Civil Veterinary Department. Madras. Admin. report 1926-33 - 1926-1933
Year: 1926
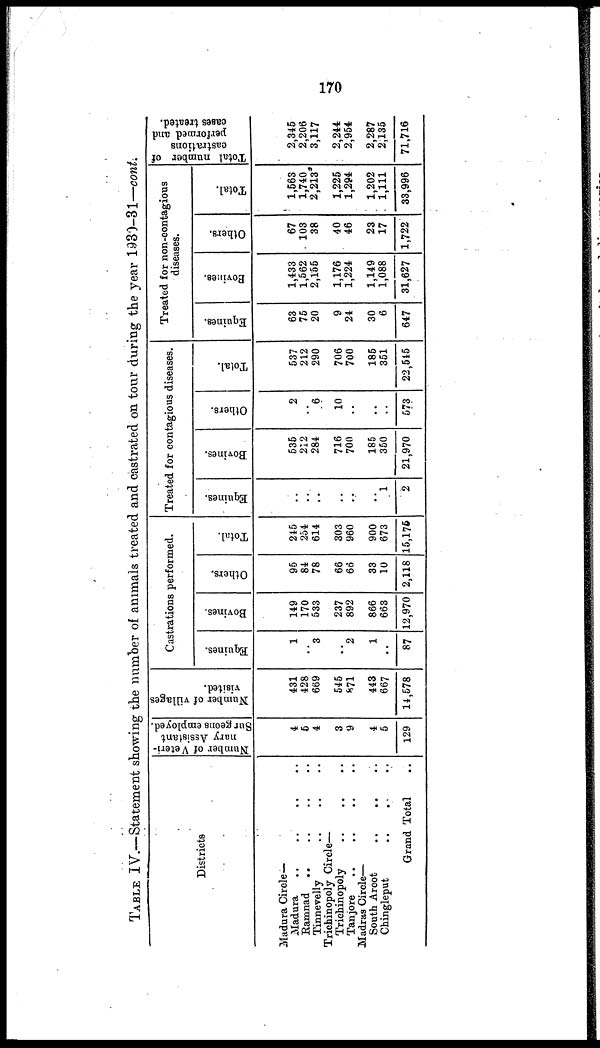
170
TABLE IV.—Statement showing the number of animals treated and castrated on tour during the year 1930-31—cont.
Districts
Madura Circle—
Madura .. .. .. ..
Ramnad .. .. .. ..
Tinnevelly .. .. ..
Trichinopoly Circle—
Trichinopoly .. .. ..
Tanjore .. .. .. ..
Madras Circle—
South Arcot
..
.. ..
Chingleput .. .. ..
Grand Total
Number of Veteri-
nary Assistant
Surgeons employed.
4
5
4
3
9
4
5
129
Number of villages
visited.
431
428
669
545
871
443
667
14,578
Castrations performed.
Equines.
1
3
..
2
1
..
87
Bovines.
149
170
533
237
892
866
663
12,970
Others.
95
84
78
66
66
33
10
2,118
Total.
245
254
614
303
960
900
673
15,176
Treated for contagious diseases.
Equines.
..
..
..
..
..
..
1
2
Bovines.
535
212
284
716
700
185
350
21,970
Others.
2
..
6
10
..
..
..
573
Total.
537
212
290
706
700
185
351
22,545
Treated for non-contagious
diseases.
Equines.
63
75
20
9
24
30
6
647
Bovines.
1,433
1,562
2,155
1,176
1,224
1,149
1,088
31,627
Others.
67
103
38
40
46
23
17
1,722
Total.
1,563
1,740
2,213
1,225
1,294
1,202
1,111
33,996
Total number of
castrations
performed and
cases treated.
2,345
2,206
3,117
2,244
2,954
2,287
2,135
71,716